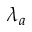
\lambda _ { a }